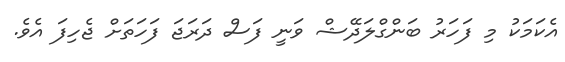
އެކަމަކު މި ފަހަރު ބަންގްލަދޭޝް ވަނީ ފަސް ދަރަޖަ ފަހަތަށް ޖެހިފަ އެވެ.